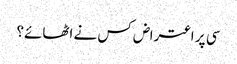
سی پر اعتراض کس نے اٹھائے؟